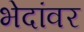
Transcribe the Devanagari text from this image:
भेदांवर